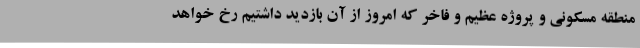
منطقه مسکونی و پروژه عظیم و فاخر که امروز از آن بازدید داشتیم رخ خواهد